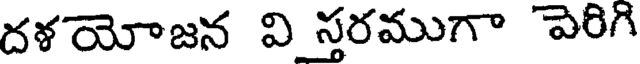
దళయోజన వి స్తరముగా పెరిగి